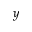
y